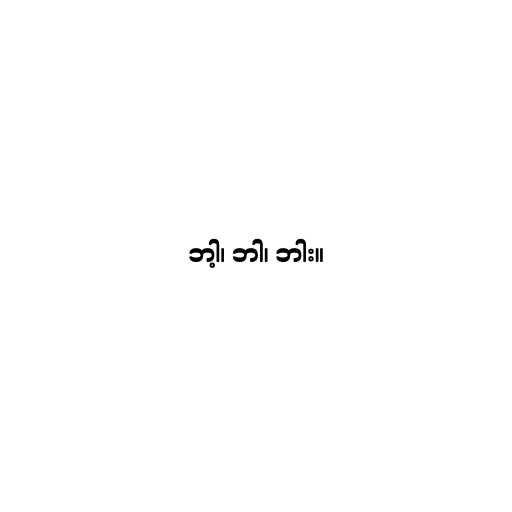
ဘါ့၊ ဘါ၊ ဘါး။